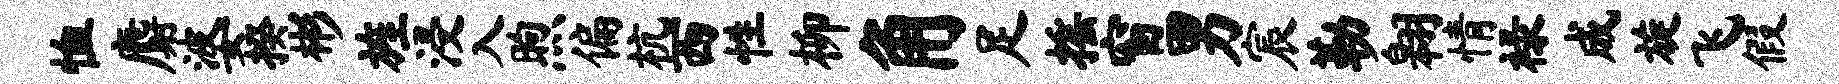
恤麝婆揆彬旌浸入煦偏杭西性柳角足摇窗男宸勒翱情禄成旋飞假